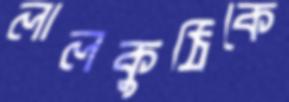
লালকুঠিকে